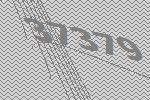
37379